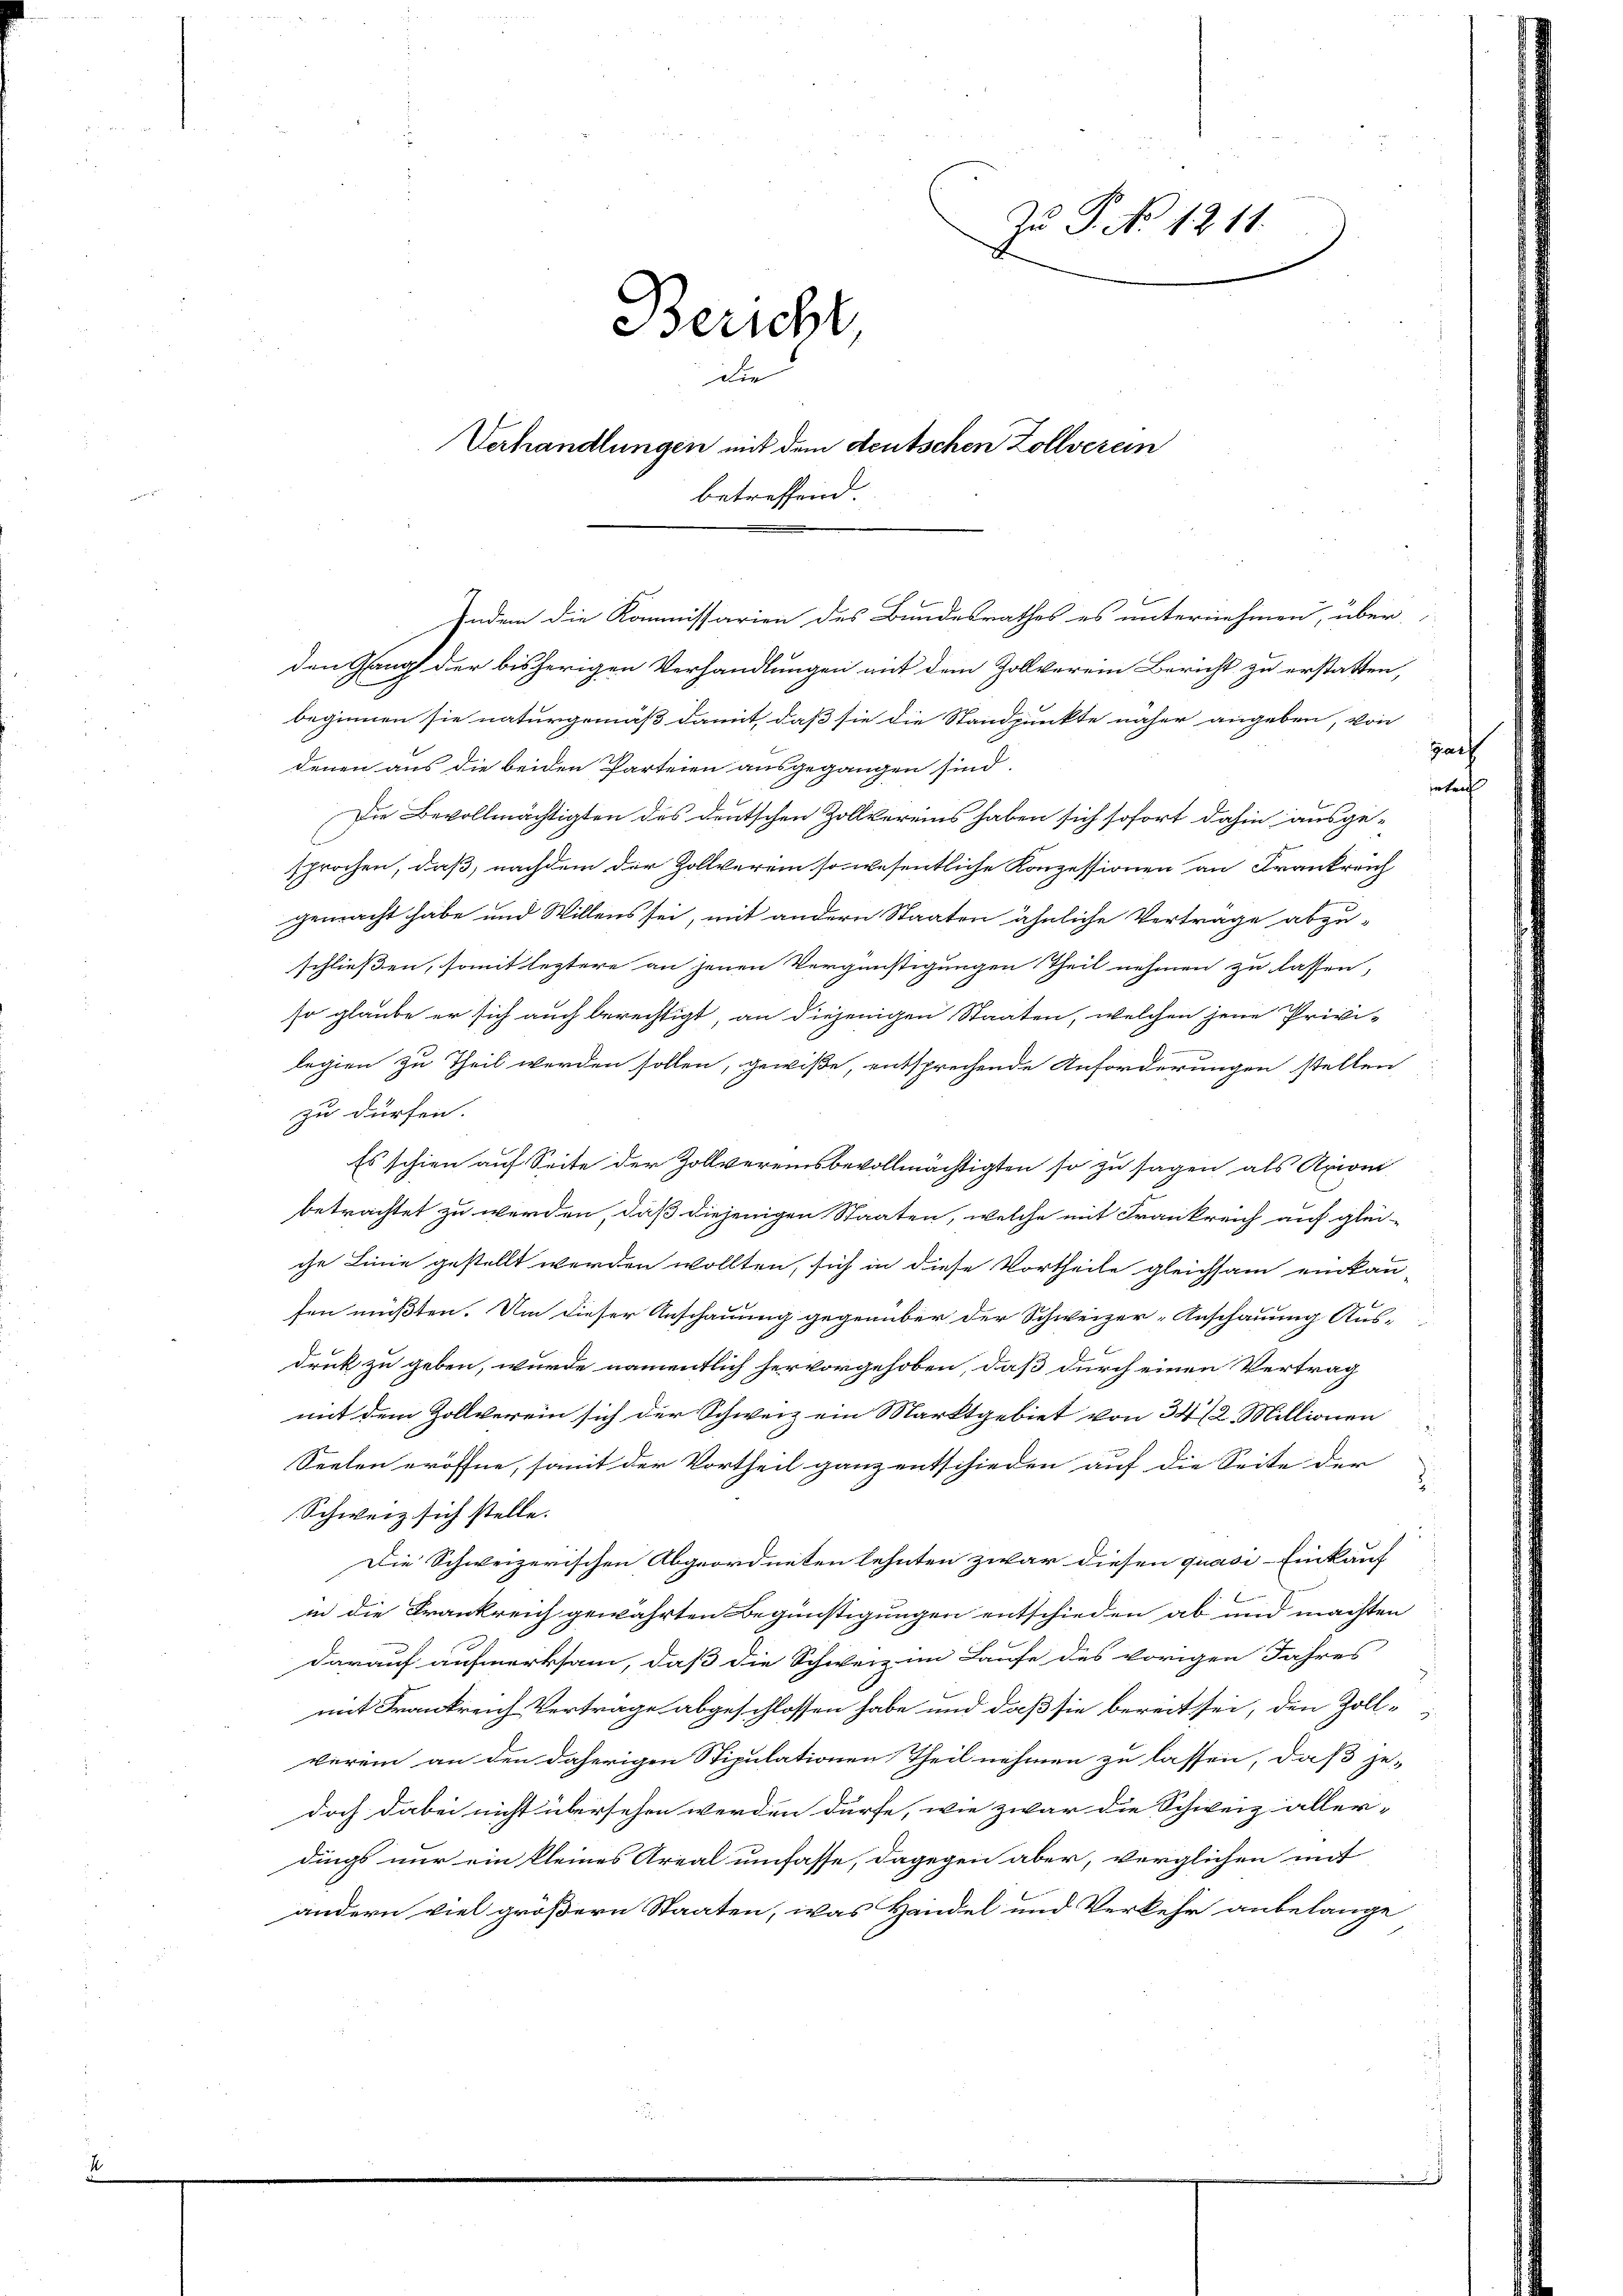
Zu P. No 1211.
Bericht
die
Verhandlungen mit dem deutschen Zollverein
betreffend.

den Gang der bisherigen Verhandlungen mit dem Zollverein Bericht zu erstatten,
beginnen sie naturgemäß damit, daß sie die Standpunkte näher angeben, von
denen aus die beiden Parteien ausgegangen sind.
Die Bevollmächtigten des deutschen Zollvereins haben sich sofort dahin ausge-
sprochen, daß, nachdem der Zollverein so wesentliche Konzessionen an Frankreich
gemacht habe und Willens sei, mit andern Staaten ähnliche Verträge abzu-
schließen, somit leztere an jenen Vergünstigungen Theil nehmen zu lassen,
so glaube er sich auch berechtigt, an diejenigen Staaten, welchen jene Privi-
begien zu Theil werden sollen, gewiße, entsprechende Anforderungen stellen
zu dürfen.
Es schien auf Seite der Zollvereinsbevollmächtigten so zu sagen als Axiom
betrachtet zu werden, daß diejenigen Staaten, welche mit Frankreich auf glei-
che Linie gestellt werden wollten, sich in diese Vortheile gleichsam einkau-
fen müßten. Um dieser Anschauung gegenüber der Schweizer-Anschauung Aus-
druk zu geben, wurde namentlich hervorgehoben, daß durch einen Vertrag
mit dem Zollverein sich der Schweiz ein Marktgebiet von 34 1/2 Millionen
Seelen eröffne, somit der Vortheil ganz entschieden auf die Seite der
Schweiz sich stelle.
x
Die Schweizerischen Abgeordneten lehnten zwar diesen quasi-Einkauf
in die Frankreich gewährten Begünstigungen entschieden ab und machten
darauf aufmerksam, daß die Schweiz im Laufe des vorigen Jahres
mit Frankreich Vertrage abgeschlossen habe und daß sie bereit sei, den Zollverein an den daherigen Stipulationen Theil nehmen zu lassen, daß je-
doch dabei nicht übersehen werden dürfe, wie zwar die Schweiz aller-
dings nur ein kleines Areal umfasse, dagegen aber, verglichen mit
ändern viel größern Staaten, was Handel und Verkehr anbelange

Indem die Kommissarien des Bundesrathes es unternehmen, über

s

90